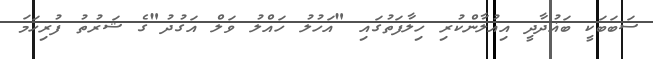
ސަބަބަކީ ބަޣުދާދީ އިއުލާންކުރި ހިލާފަތުގައި "އަހުލު ހައްލު ވަލް އަގުދު"ގެ ޝަރުތު ފުރިހަމަ